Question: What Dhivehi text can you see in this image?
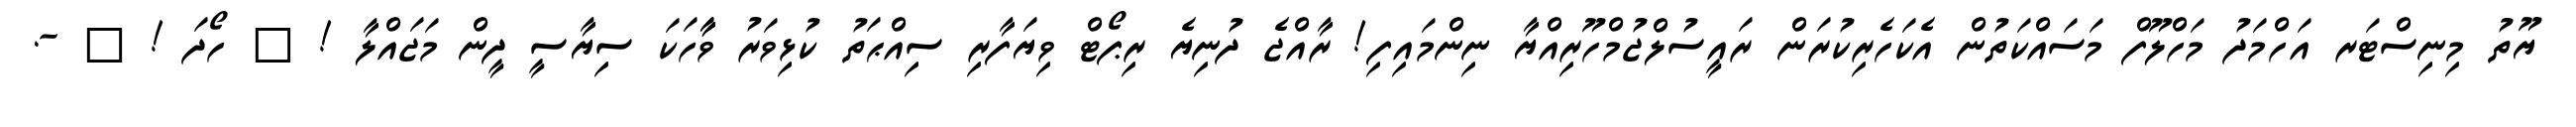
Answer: ޔޫތު މިނިސްޓަރ އަހްމަދު މަހްލޫފް މަސައްކަތުން އެކަހެރިކުރަން ރައީސުލްޖުމްހޫރިއްޔާ ނިންމައިފި! ރާއްޖެ ދުނިޔެ ރިޕޯޓް ވިޔަފާރި ސިއްޙަތު ކުޅިވަރު ވާާހަކަ ސިޔާސީ ދީން މަޖައްލާ ! ? ހޯދަ ! ? -.